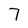
Character: 7